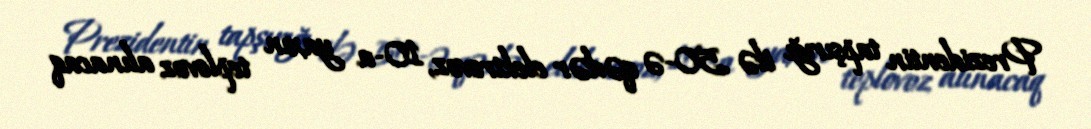
Prezidentin tapşırığı ilə 50-ə qədər elektrovoz, 10-a yaxın teplovoz alınacaq